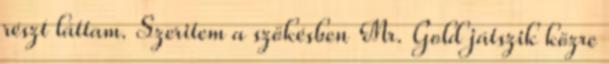
részt láttam. Szeritem a szökésben Mr. Gold játszik közre